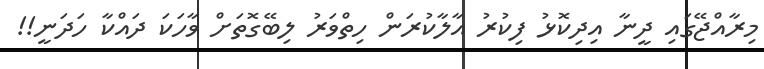
މިރާއްޖޭގައި ދީނާ އިދިކޮޅު ފިކުރު އާލާކުރަން ހިތްވަރު ލިބޭގޮތަށް ވާހަކަ ދައްކާ ހަދަނީ!!